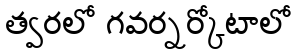
త్వరలో గవర్నర్కోటాలో